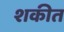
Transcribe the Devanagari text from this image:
शकीत